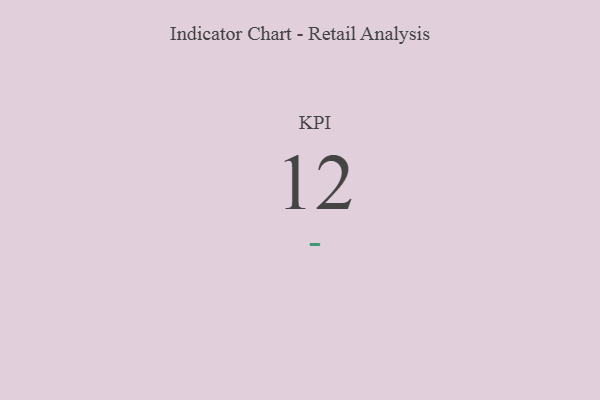
{"axis": {"x": "KPI", "y": "Value"}, "legend": [""], "data": [{"x": "KPI", "y": 12, "type": ""}]}